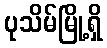
ပုသိမ်မြို့ရှိ